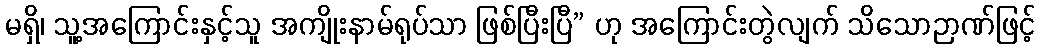
မရှိ၊ သူ့အကြောင်းနှင့်သူ အကျိုးနာမ်ရုပ်သာ ဖြစ်ပြီးပြီ” ဟု အကြောင်းတွဲလျက် သိသောဉာဏ်ဖြင့်